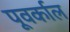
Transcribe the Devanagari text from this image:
पूवर्काल